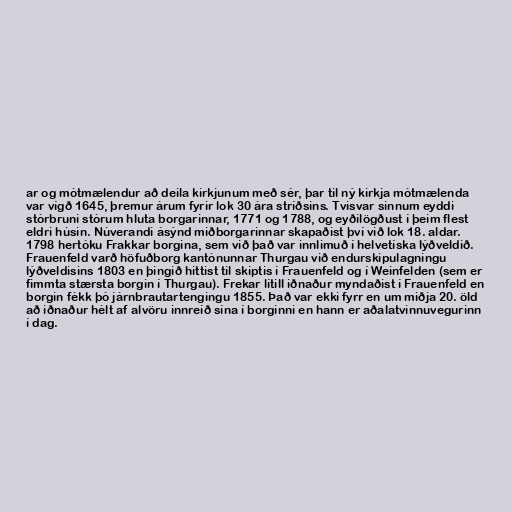
ar og mótmælendur að deila kirkjunum með sér, þar til ný kirkja mótmælenda
var vígð 1645, þremur árum fyrir lok 30 ára stríðsins. Tvisvar sinnum eyddi
stórbruni stórum hluta borgarinnar, 1771 og 1788, og eyðilögðust í þeim flest
eldri húsin. Núverandi ásýnd miðborgarinnar skapaðist því við lok 18. aldar.
1798 hertóku Frakkar borgina, sem við það var innlimuð í helvetíska lýðveldið.
Frauenfeld varð höfuðborg kantónunnar Thurgau við endurskipulagningu
lýðveldisins 1803 en þingið hittist til skiptis í Frauenfeld og í Weinfelden (sem er
fimmta stærsta borgin í Thurgau). Frekar lítill iðnaður myndaðist í Frauenfeld en
borgin fékk þó járnbrautartengingu 1855. Það var ekki fyrr en um miðja 20. öld
að iðnaður hélt af alvöru innreið sína í borginni en hann er aðalatvinnuvegurinn
í dag.